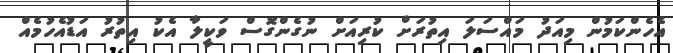
އެހެންކަމުން މިއަދު މައްސަލަ އިތުރަށް ކުރިއަށް ނުގެންގޮސް ވަކީލާ އެކު އިތުރު އަޑުއެހުމެއް